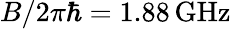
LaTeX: B/2\pi\hbar=1.88\, \mathrm{GHz}